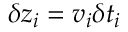
\delta z _ { i } = v _ { i } \delta t _ { i }